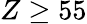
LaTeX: Z\ge 55